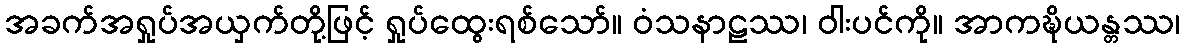
အခက်အရှုပ်အယှက်တို့ဖြင့် ရှုပ်ထွေးရစ်သော်။ ဝံသနာဠဿ၊ ဝါးပင်ကို။ အာကဍ္ဎိယန္တဿ၊